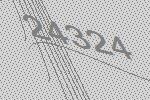
24324